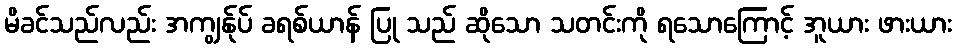
မိခင်သည်လည်း အကျွန်ုပ် ခရစ်ယာန် ပြု သည် ဆိုသော သတင်းကို ရသောကြောင့် အူယား ဖားယား